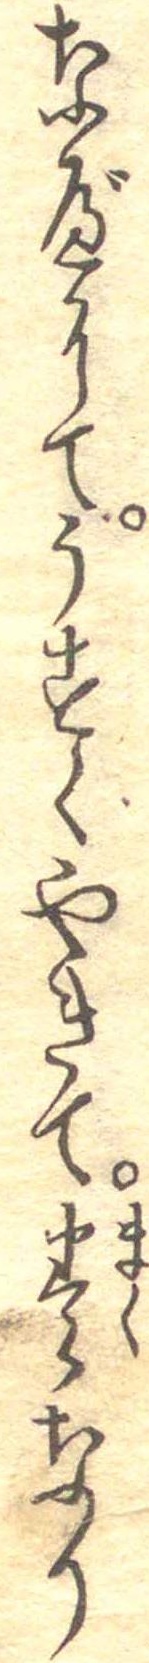
なべにてうすくやきて巻なり